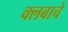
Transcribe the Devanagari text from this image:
क्लबाचे